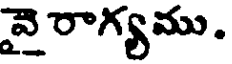
వై రాగ్యము.